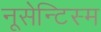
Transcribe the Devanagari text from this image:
नूसेन्टिस्म